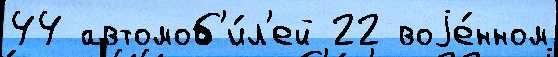
44 автомоб'и́л'ей 22 воjе́нном